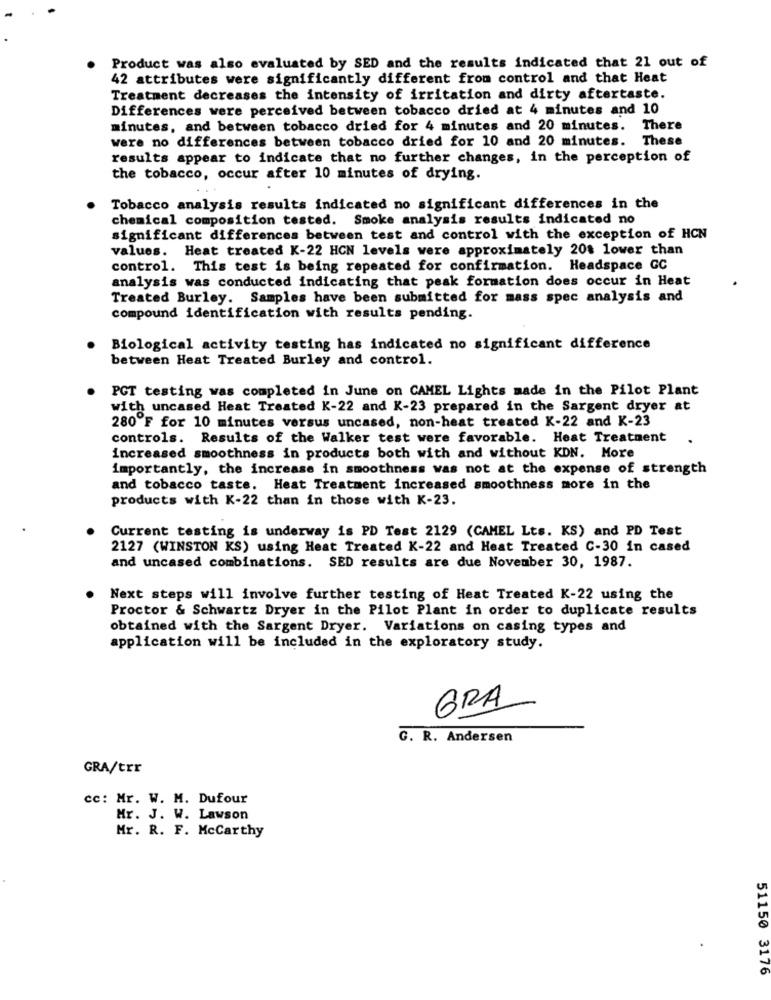
Product was also evaluated by SED and the results indicated that 21 out of
42 attributes were significantly different from control and that Heat
Treatment decreases the intensity of irritation and dirty aftertaste.
Differences were perceived between tobacco dried at 4 minutes and 10
minutes, and between tobacco dried for 4 minutes and 20 minutes. There
were no differences between tobacco dried for 10 and 20 minutes. These
results appear to indicate that no further changes, in the perception of
the tobacco, occur after 10 minutes of drying.
Tobacco analysis results indicated no significant differences in the
chemical composition tested. Smoke analysis results indicated no
significant differences between test and control with the exception of HCN
values. Heat treated K-22 HCN levels were approximately 20% lower than
control. This test is being repeated for confirmation. Headspace GC
analysis was conducted indicating that peak formation does occur in Heat
Treated Burley. Samples have been submitted for mass spec analysis and
compound identification with results pending.
Biological activity testing has indicated no significant difference
between Heat Treated Burley and control.
PCT testing was completed in June on CAMEL Lights made in the Pilot Plant
with uncased Heat Treated K-22 and K-23 prepared in the Sargent dryer at
280ºF for 10 minutes versus uncased, non-heat treated K-22 and K-23
controls. Results of the Walker test were favorable. Heat Treatment
increased smoothness in products both with and without KDN. More
importantly, the increase in smoothness was not at the expense of strength
and tobacco taste. Heat Treatment increased smoothness more in the
products with K-22 than in those with K-23.
Current testing is underway is PD Test 2129 (CAMEL Lts. KS) and PD Test
2127 (WINSTON KS) using Heat Treated K-22 and Heat Treated C-30 in cased
and uncased combinations. SED results are due November 30, 1987.
Next steps will involve further testing of Heat Treated K-22 using the
Proctor & Schwartz Dryer in the Pilot Plant in order to duplicate results
obtained with the Sargent Dryer. Variations on casing types and
application will be included in the exploratory study.
GRA
G. R. Andersen
GRA/trr
cc: Mr. W. M. Dufour
Mr. J. W. Lawson
Mr. R. F. McCarthy
51150 3176